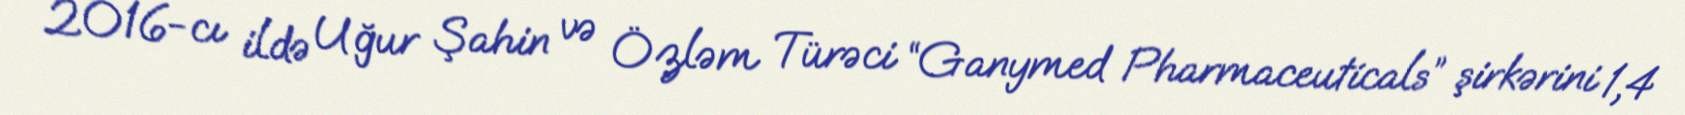
2016-cı ildə Uğur Şahin və Özləm Türəci “Ganymed Pharmaceuticals” şirkərini 1,4